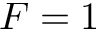
F = 1